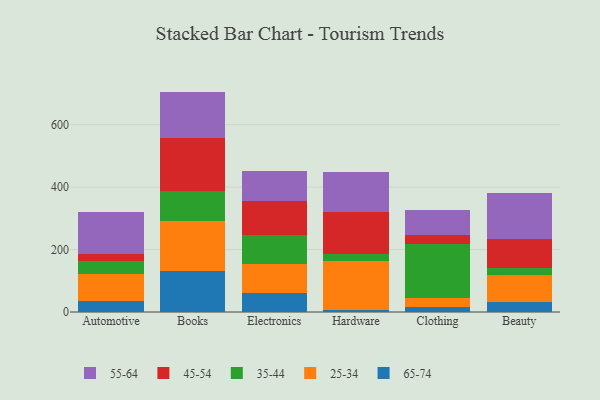
{"axis": {"x": "Category", "y": "Humidity (%)"}, "legend": ["25-34", "35-44", "45-54", "55-64", "65-74"], "data": [{"x": "Automotive", "y": 36.2, "type": "65-74"}, {"x": "Automotive", "y": 86.2, "type": "25-34"}, {"x": "Automotive", "y": 40.2, "type": "35-44"}, {"x": "Automotive", "y": 21.6, "type": "45-54"}, {"x": "Automotive", "y": 135.9, "type": "55-64"}, {"x": "Books", "y": 131.3, "type": "65-74"}, {"x": "Books", "y": 161.6, "type": "25-34"}, {"x": "Books", "y": 95.9, "type": "35-44"}, {"x": "Books", "y": 169.4, "type": "45-54"}, {"x": "Books", "y": 147.7, "type": "55-64"}, {"x": "Electronics", "y": 61.8, "type": "65-74"}, {"x": "Electronics", "y": 91.6, "type": "25-34"}, {"x": "Electronics", "y": 91.9, "type": "35-44"}, {"x": "Electronics", "y": 110.6, "type": "45-54"}, {"x": "Electronics", "y": 95.8, "type": "55-64"}, {"x": "Hardware", "y": 7.7, "type": "65-74"}, {"x": "Hardware", "y": 154.9, "type": "25-34"}, {"x": "Hardware", "y": 23.1, "type": "35-44"}, {"x": "Hardware", "y": 135.7, "type": "45-54"}, {"x": "Hardware", "y": 128.5, "type": "55-64"}, {"x": "Clothing", "y": 15.8, "type": "65-74"}, {"x": "Clothing", "y": 30.0, "type": "25-34"}, {"x": "Clothing", "y": 172.9, "type": "35-44"}, {"x": "Clothing", "y": 27.3, "type": "45-54"}, {"x": "Clothing", "y": 81.3, "type": "55-64"}, {"x": "Beauty", "y": 33.2, "type": "65-74"}, {"x": "Beauty", "y": 84.3, "type": "25-34"}, {"x": "Beauty", "y": 23.7, "type": "35-44"}, {"x": "Beauty", "y": 94.0, "type": "45-54"}, {"x": "Beauty", "y": 145.1, "type": "55-64"}]}